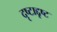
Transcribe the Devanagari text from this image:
दृष्टाद्दृष्ट